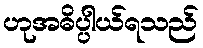
ဟုအဓိပ္ပါယ်ရသည်